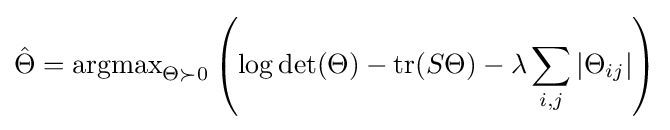
{\hat {\Theta }}=\operatorname {argmax} _{\Theta \succ 0}\left(\log \det(\Theta )-\operatorname {tr} (S\Theta )-\lambda \sum _{i,j}|\Theta _{ij}|\right)